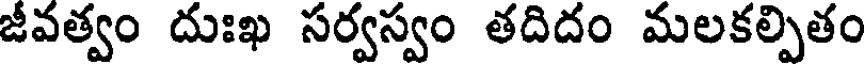
జీవత్వం దుఃఖ సర్వస్వం తదిదం మలకల్పితం